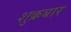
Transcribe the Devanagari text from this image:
शुक्रबार